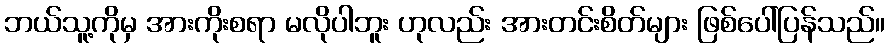
ဘယ်သူ့ကိုမှ အားကိုးစရာ မလိုပါဘူး ဟုလည်း အားတင်းစိတ်များ ဖြစ်ပေါ်ပြန်သည်။